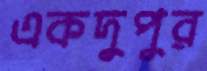
একদুপুর